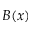
B ( x )